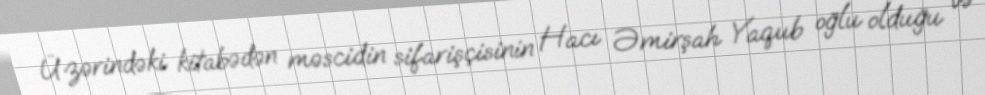
Üzərindəki kitabədən məscidin sifarişçisinin Hacı Əmirşah Yaqub oğlu olduğu və